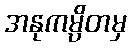
အနုကမ္ပိတမှ